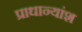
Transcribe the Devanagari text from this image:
प्राधान्यांश